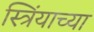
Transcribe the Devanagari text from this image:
स्त्रिंयाच्या